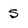
Character: 5